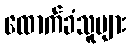
ထောက်ခံသူများ